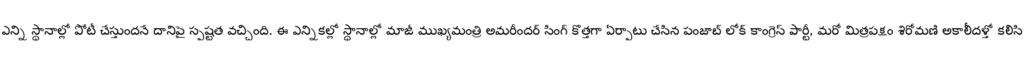
ఎన్ని స్థానాల్లో పోటీ చేస్తుందనే దానిపై స్పష్టత వచ్చింది. ఈ ఎన్నికల్లో స్థానాల్లో మాజీ ముఖ్యమంత్రి అమరీందర్ సింగ్ కొత్తగా ఏర్పాటు చేసిన పంజాబ్ లోక్ కాంగ్రెస్ పార్టీ, మరో మిత్రపక్షం శిరోమణి అకాలీదళ్తో కలిసి